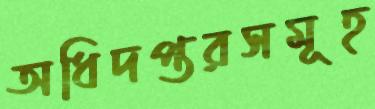
অধিদপ্তরসমূহ